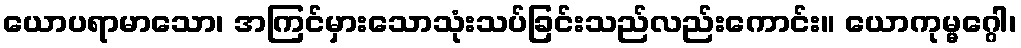
ယောပရာမာသော၊ အကြင်မှားသောသုံးသပ်ခြင်းသည်လည်းကောင်း။ ယောကုမ္မဂ္ဂေါ၊